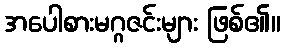
အပေါစားမဂ္ဂဇင်းများ ဖြစ်၏။